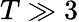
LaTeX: T\gg 3